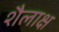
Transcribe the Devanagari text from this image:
शैलाक्ष